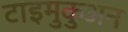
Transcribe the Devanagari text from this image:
टाइमुकुअन